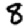
Digit: 8